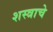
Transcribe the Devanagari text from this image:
शस्त्राचे